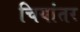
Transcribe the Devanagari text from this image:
चियांतर